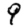
Digit: 9